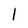
Character: l